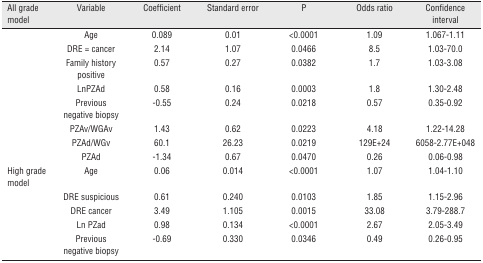
| All grade model | Variable | Coefficient | Standard error | P | Odds ratio | Confidence interval |
 | --- | --- | --- | --- | --- | --- | --- |
 |  | Age | 0.089 | 0.01 | <0.0001 | 1.09 | 1.067-1.11 |
 |  | DRE = cancer | 2.14 | 1.07 | 0.0466 | 8.5 | 1.03-70.0 |
 |  | Family history positive | 0.57 | 0.27 | 0.0382 | 1.7 | 1.03-3.08 |
 |  | LnPZAd | 0.58 | 0.16 | 0.0003 | 1.8 | 1.30-2.48 |
 |  | Previous negative biopsy | -0.55 | 0.24 | 0.0218 | 0.57 | 0.35-0.92 |
 |  | PZAv/WGAv | 1.43 | 0.62 | 0.0223 | 4.18 | 1.22-14.28 |
 |  | PZAd/WGv | 60.1 | 26.23 | 0.0219 | 129E+24 | 6058-2.77E+048 |
 |  | PZAd | -1.34 | 0.67 | 0.0470 | 0.26 | 0.06-0.98 |
 | High grade model | Age | 0.06 | 0.014 | <0.0001 | 1.07 | 1.04-1.10 |
 |  | DRE suspicious | 0.61 | 0.240 | 0.0103 | 1.85 | 1.15-2.96 |
 |  | DRE cancer | 3.49 | 1.105 | 0.0015 | 33.08 | 3.79-288.7 |
 |  | Ln PZad | 0.98 | 0.134 | <0.0001 | 2.67 | 2.05-3.49 |
 |  | Previous negative biopsy | -0.69 | 0.330 | 0.0346 | 0.49 | 0.26-0.95 |